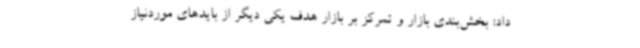
داد: بخش‌بندی بازار و تمرکز بر بازار هدف یکی دیگر از بایدهای موردنیاز